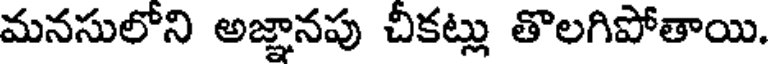
మనసులోని అజ్ఞానపు చీకట్లు తొలగిపోతాయి.